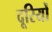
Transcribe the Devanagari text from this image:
दूरियोँ